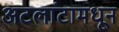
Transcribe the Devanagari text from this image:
अटलांटामधून